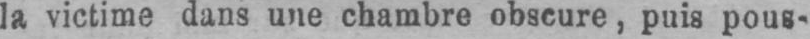
la victime dans une chambre obscure, puis pous-